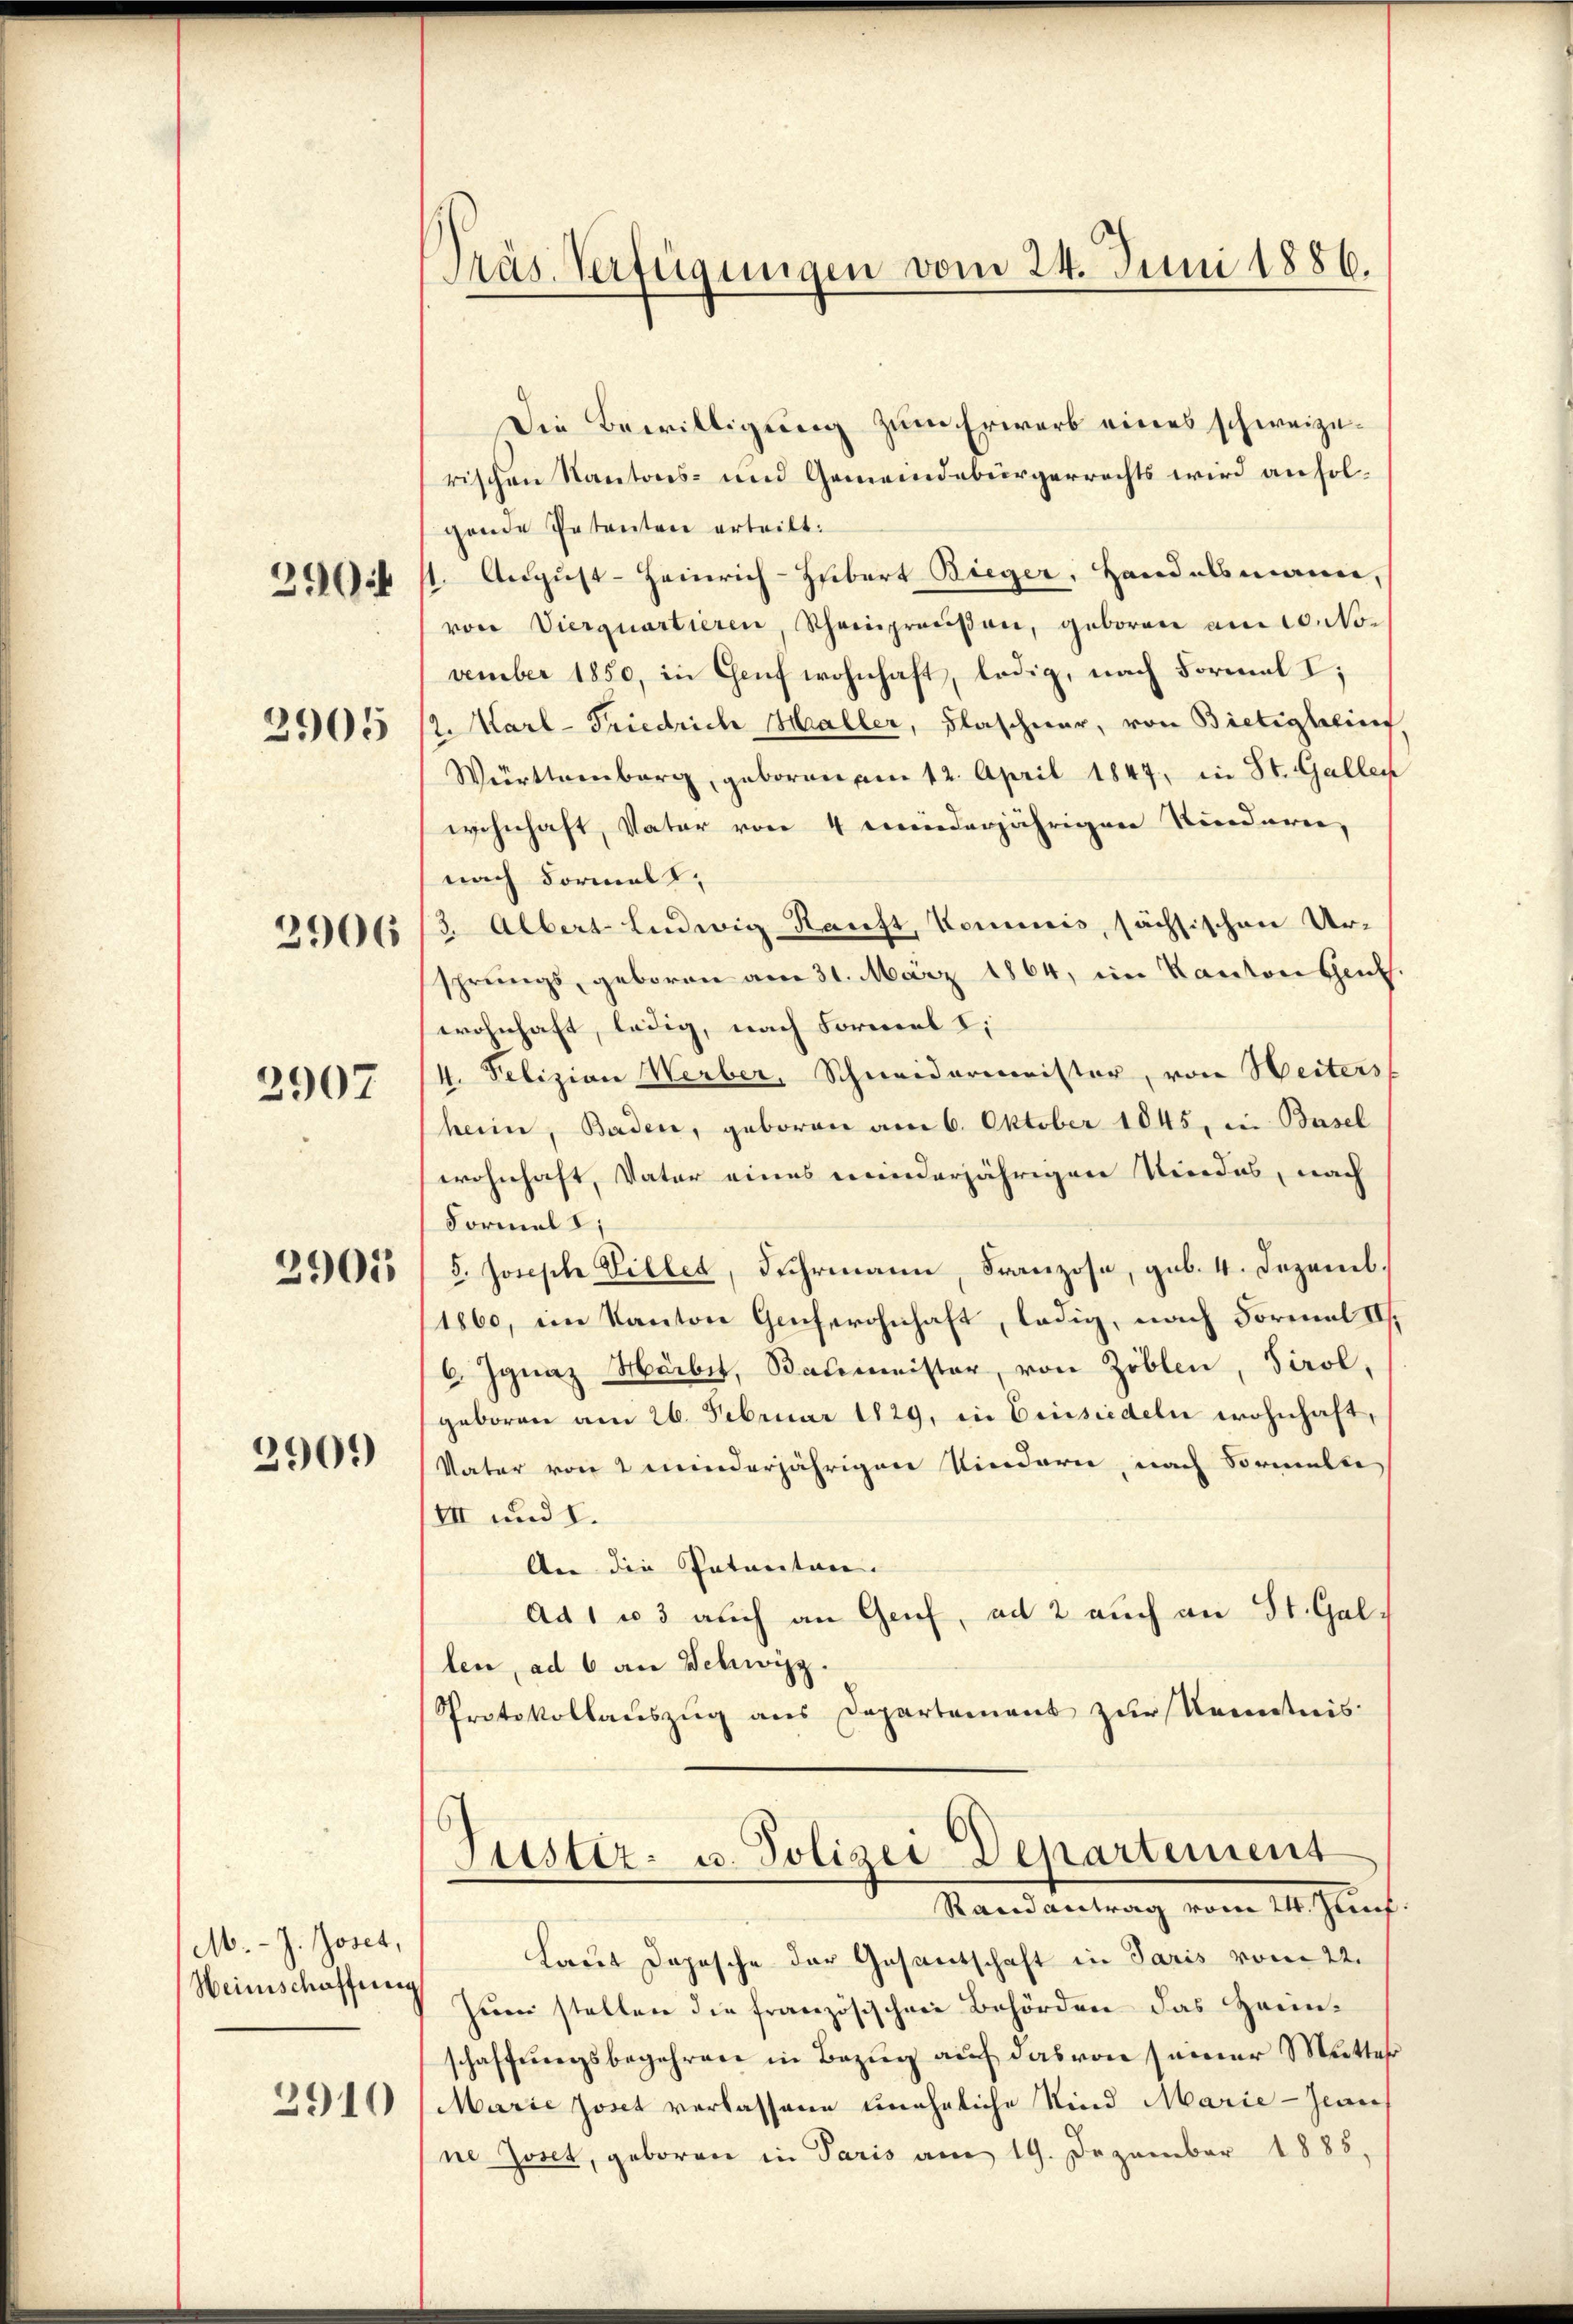
2904

2905

2906

2907

3901

2909)

M.- J. Joset,
Heimschaffung
2910

Präs. Verfügungen vom 24. Juni 1886.

Die Bewilligung zum Erwarb eines schweizerischen Kantons- und Gemeindebürgerrechts wird an solgende Petenten erteilt.
/1. August-Heinrich-Hubert Bieger, Handelsmanne,
von Vierquartieren, Scheinpreußen, geboren am 10. No.
vember 1850, in Genf wohnhaft, ledig, nach Formal I;
2. Karl-Friedrich Haller, Flascheer, von Bietighein
Württemberg, geboren am 12. April 1847, in St. Gallen
wohnhaft, Vater von 4 minderjährigen Kindern,
nach Formals,
3. Albert Ludwig Kauft, Kommis, sächsischen Ur-
sprungs, geboren am 31. März 1864, im Kanton Genf.
wohnhaft, ledig, nach Formel I
4. Felizian Werber, Schneidermeister, von Weiters
heim, Baden, geboren am 6. Oktober 1845, u. Basel
wohnhaft, Vater eines meinderjährigen Niedes, nach
Formel I;
3. Joseph Villet, Fuhrmann Franzose, gub. 4. Dezemb.
1860, im Kanton Gechwohnhaft, ledig, nach Formal II,
6 Ignaz Mürber, Baumeister, von Ziblen, Tirol,
geboren am 26. Februar 1829, in Einsiedeln wohnhaft,
Vater von 2 minderjährigen Kindern, nach Formelte
III und 8.
An die Intenten.
Ad 1 u. 3 auch an Genf, ad 2 auch an St. Gallen, ad 6 an Schwyz.
Protokollauszug aus Departement zur Kenntnis
Justiz- u. Polizei Departement
Randantrag vom 24. Jun
Laut Depesche der Gesantschaft in Paris vom 22.
Zŭm stellen die französischen Behörden das Zaun-
schaffungsbegehren in Bezug auf das von seiner Mutter
Marie Joset verlassene uneheliche Kind Marie-Gener
ne Joset, geboren in Paris am 19. Dezember 1885.